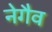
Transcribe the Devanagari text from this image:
नेगैव